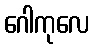
ဂေါကုလေ